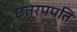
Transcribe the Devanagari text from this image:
छत्रपपति